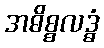
အဓိစ္စလဒ္ဓံ